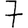
Digit: 7